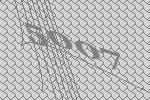
5007